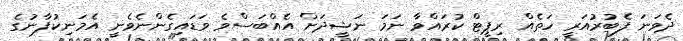
ދެވަނަ ފެބުރުއަރީ ހަތެއް ރިޕީޓް ކުރައްވާ ނަަމަ ނަޝީދަށް އެއްބަސްވެ ވަޑައިގެންނެވެނީ އެމަނިކުފާނުގެ